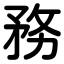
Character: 務